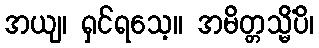
အယျ၊ ရှင်ရသေ့။ အမိတ္တသ္မိံပိ၊